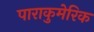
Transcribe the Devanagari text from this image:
पाराकुमेरिक